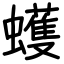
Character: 蠖